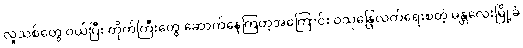
လူသစ်တွေ ဝယ်ပြီး တိုက်ကြီးတွေ ဆောက်နေကြတဲ့အကြောင်း ဝသုန္ဒြေလက်ရေးစတဲ့ မန္တလေးမြို့ခံ